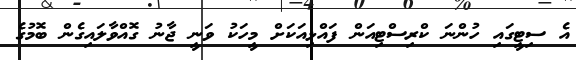
އެ ސިޓީގައި ހުންނަ ކްރިސްޓިއަން ފައްޅިއަކަށް މީހަކު ވަނީ ޖާނު ގޮއްވާލައިގެން ބޮމުގެ